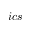
i c s